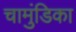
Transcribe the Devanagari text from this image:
चामुंडिका